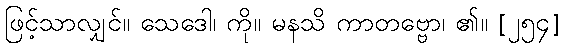
ဖြင့်သာလျှင်။ သေဒေါ၊ ကို။ မနသိ ကာတဗ္ဗော၊ ၏။ [၂၅၄]